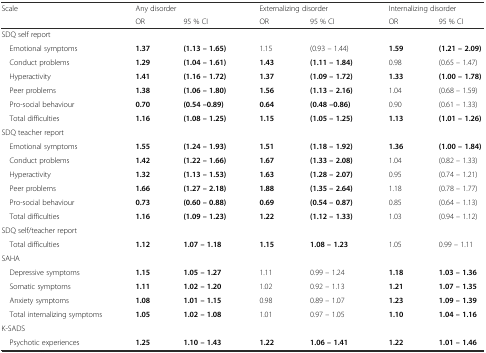
<table><thead><tr><td><b>Scale</b></td><td colspan="2"><b>Any disorder</b></td><td colspan="2"><b>Externalizing disorder</b></td><td colspan="2"><b>Internalizing disorder</b></td></tr><tr><td></td><td><b>OR</b></td><td><b>95 % CI</b></td><td><b>OR</b></td><td><b>95 % CI</b></td><td><b>OR</b></td><td><b>95 % CI</b></td></tr></thead><tbody><tr><td>SDQ self report</td><td></td><td></td><td></td><td></td><td></td><td></td></tr><tr><td> Emotional symptoms</td><td><b>1.37</b></td><td><b>(1.13 – 1.65)</b></td><td>1.15</td><td>(0.93 – 1.44)</td><td><b>1.59</b></td><td><b>(1.21 – 2.09)</b></td></tr><tr><td> Conduct problems</td><td><b>1.29</b></td><td><b>(1.04 – 1.61)</b></td><td><b>1.43</b></td><td><b>(1.11 – 1.84)</b></td><td>0.98</td><td>(0.65 – 1.47)</td></tr><tr><td> Hyperactivity</td><td><b>1.41</b></td><td><b>(1.16 – 1.72)</b></td><td><b>1.37</b></td><td><b>(1.09 – 1.72)</b></td><td><b>1.33</b></td><td><b>(1.00 – 1.78)</b></td></tr><tr><td> Peer problems</td><td><b>1.38</b></td><td><b>(1.06 – 1.80)</b></td><td><b>1.56</b></td><td><b>(1.13 – 2.16)</b></td><td>1.04</td><td>(0.68 – 1.59)</td></tr><tr><td> Pro-social behaviour</td><td><b>0.70</b></td><td><b>(0.54 –0.89)</b></td><td><b>0.64</b></td><td><b>(0.48 –0.86)</b></td><td>0.90</td><td>(0.61 – 1.33)</td></tr><tr><td> Total difficulties</td><td><b>1.16</b></td><td><b>(1.08 – 1.25)</b></td><td><b>1.15</b></td><td><b>(1.05 – 1.25)</b></td><td><b>1.13</b></td><td><b>(1.01 – 1.26)</b></td></tr><tr><td>SDQ teacher report</td><td></td><td></td><td></td><td></td><td></td><td></td></tr><tr><td> Emotional symptoms</td><td><b>1.55</b></td><td><b>(1.24 – 1.93)</b></td><td><b>1.51</b></td><td><b>(1.18 – 1.92)</b></td><td><b>1.36</b></td><td><b>(1.00 – 1.84)</b></td></tr><tr><td> Conduct problems</td><td><b>1.42</b></td><td><b>(1.22 – 1.66)</b></td><td><b>1.67</b></td><td><b>(1.33 – 2.08)</b></td><td>1.04</td><td>(0.82 – 1.33)</td></tr><tr><td> Hyperactivity</td><td><b>1.32</b></td><td><b>(1.13 – 1.53)</b></td><td><b>1.63</b></td><td><b>(1.28 – 2.07)</b></td><td>0.95</td><td>(0.74 – 1.21)</td></tr><tr><td> Peer problems</td><td><b>1.66</b></td><td><b>(1.27 – 2.18)</b></td><td><b>1.88</b></td><td><b>(1.35 – 2.64)</b></td><td>1.18</td><td>(0.78 – 1.77)</td></tr><tr><td> Pro-social behaviour</td><td><b>0.73</b></td><td><b>(0.60 – 0.88)</b></td><td><b>0.69</b></td><td><b>(0.54 – 0.87)</b></td><td>0.85</td><td>(0.64 – 1.13)</td></tr><tr><td> Total difficulties</td><td><b>1.16</b></td><td><b>(1.09 – 1.23)</b></td><td><b>1.22</b></td><td><b>(1.12 – 1.33)</b></td><td>1.03</td><td>(0.94 – 1.12)</td></tr><tr><td>SDQ self/teacher report</td><td></td><td></td><td></td><td></td><td></td><td></td></tr><tr><td> Total difficulties</td><td><b>1.12</b></td><td><b>1.07 – 1.18</b></td><td><b>1.15</b></td><td><b>1.08 – 1.23</b></td><td>1.05</td><td>0.99 – 1.11</td></tr><tr><td>SAHA</td><td></td><td></td><td></td><td></td><td></td><td></td></tr><tr><td> Depressive symptoms</td><td><b>1.15</b></td><td><b>1.05 – 1.27</b></td><td>1.11</td><td>0.99 – 1.24</td><td><b>1.18</b></td><td><b>1.03 – 1.36</b></td></tr><tr><td> Somatic symptoms</td><td><b>1.11</b></td><td><b>1.02 – 1.20</b></td><td>1.02</td><td>0.92 – 1.13</td><td><b>1.21</b></td><td><b>1.07 – 1.35</b></td></tr><tr><td> Anxiety symptoms</td><td><b>1.08</b></td><td><b>1.01 – 1.15</b></td><td>0.98</td><td>0.89 – 1.07</td><td><b>1.23</b></td><td><b>1.09 – 1.39</b></td></tr><tr><td> Total internalizing symptoms</td><td><b>1.05</b></td><td><b>1.02 – 1.08</b></td><td>1.01</td><td>0.97 – 1.05</td><td><b>1.10</b></td><td><b>1.04 – 1.16</b></td></tr><tr><td>K-SADS</td><td></td><td></td><td></td><td></td><td></td><td></td></tr><tr><td> Psychotic experiences</td><td><b>1.25</b></td><td><b>1.10 – 1.43</b></td><td><b>1.22</b></td><td><b>1.06 – 1.41</b></td><td><b>1.22</b></td><td><b>1.01 – 1.46</b></td></tr></tbody></table>